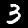
Digit: 3